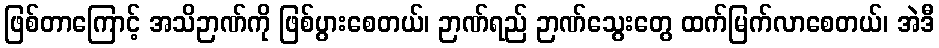
ဖြစ်တာကြောင့် အသိဉာဏ်ကို ဖြစ်ပွားစေတယ်၊ ဉာဏ်ရည် ဉာဏ်သွေးတွေ ထက်မြက်လာစေတယ်၊ အဲဒီ